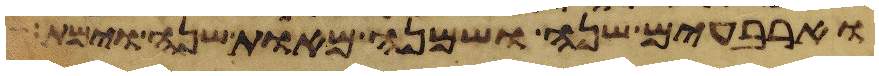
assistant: וארבעים שנה ושמנה מאות שנה וימת